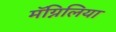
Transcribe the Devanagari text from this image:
मॅग्निलिया